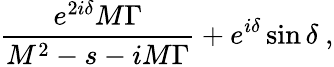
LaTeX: \frac{e^{2i\delta}M\Gamma}{M^{2}-s-iM\Gamma}+e^{i\delta}\sin\delta\ ,